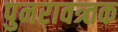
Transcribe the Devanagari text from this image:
पुनरावत्र्तक